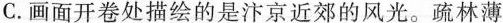
C.画面开卷处描绘的是汴京近郊的风光。疏林薄